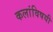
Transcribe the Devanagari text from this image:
कलांविषयी